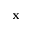
\mathbf { x }